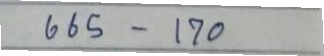
665 - 170